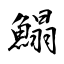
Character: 鰨